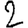
Digit: 2